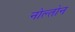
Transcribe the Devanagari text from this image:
नोल्तोन